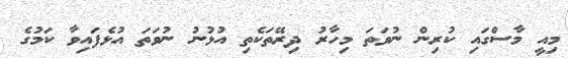
މިއީ މާސްގައި ކުރިން ނުވަތަ މިހާރު ދިރޭތަކެތި އުޅުނު ނުވަތަ އުޅެފައިވާ ކަމުގެ